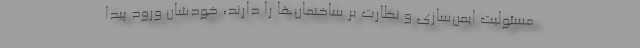
مسئولیت ایمن‌سازی و نظارت بر ساختمان‌ها را دارند، خودشان ورود پیدا